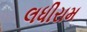
લધીરામ